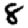
Digit: 8